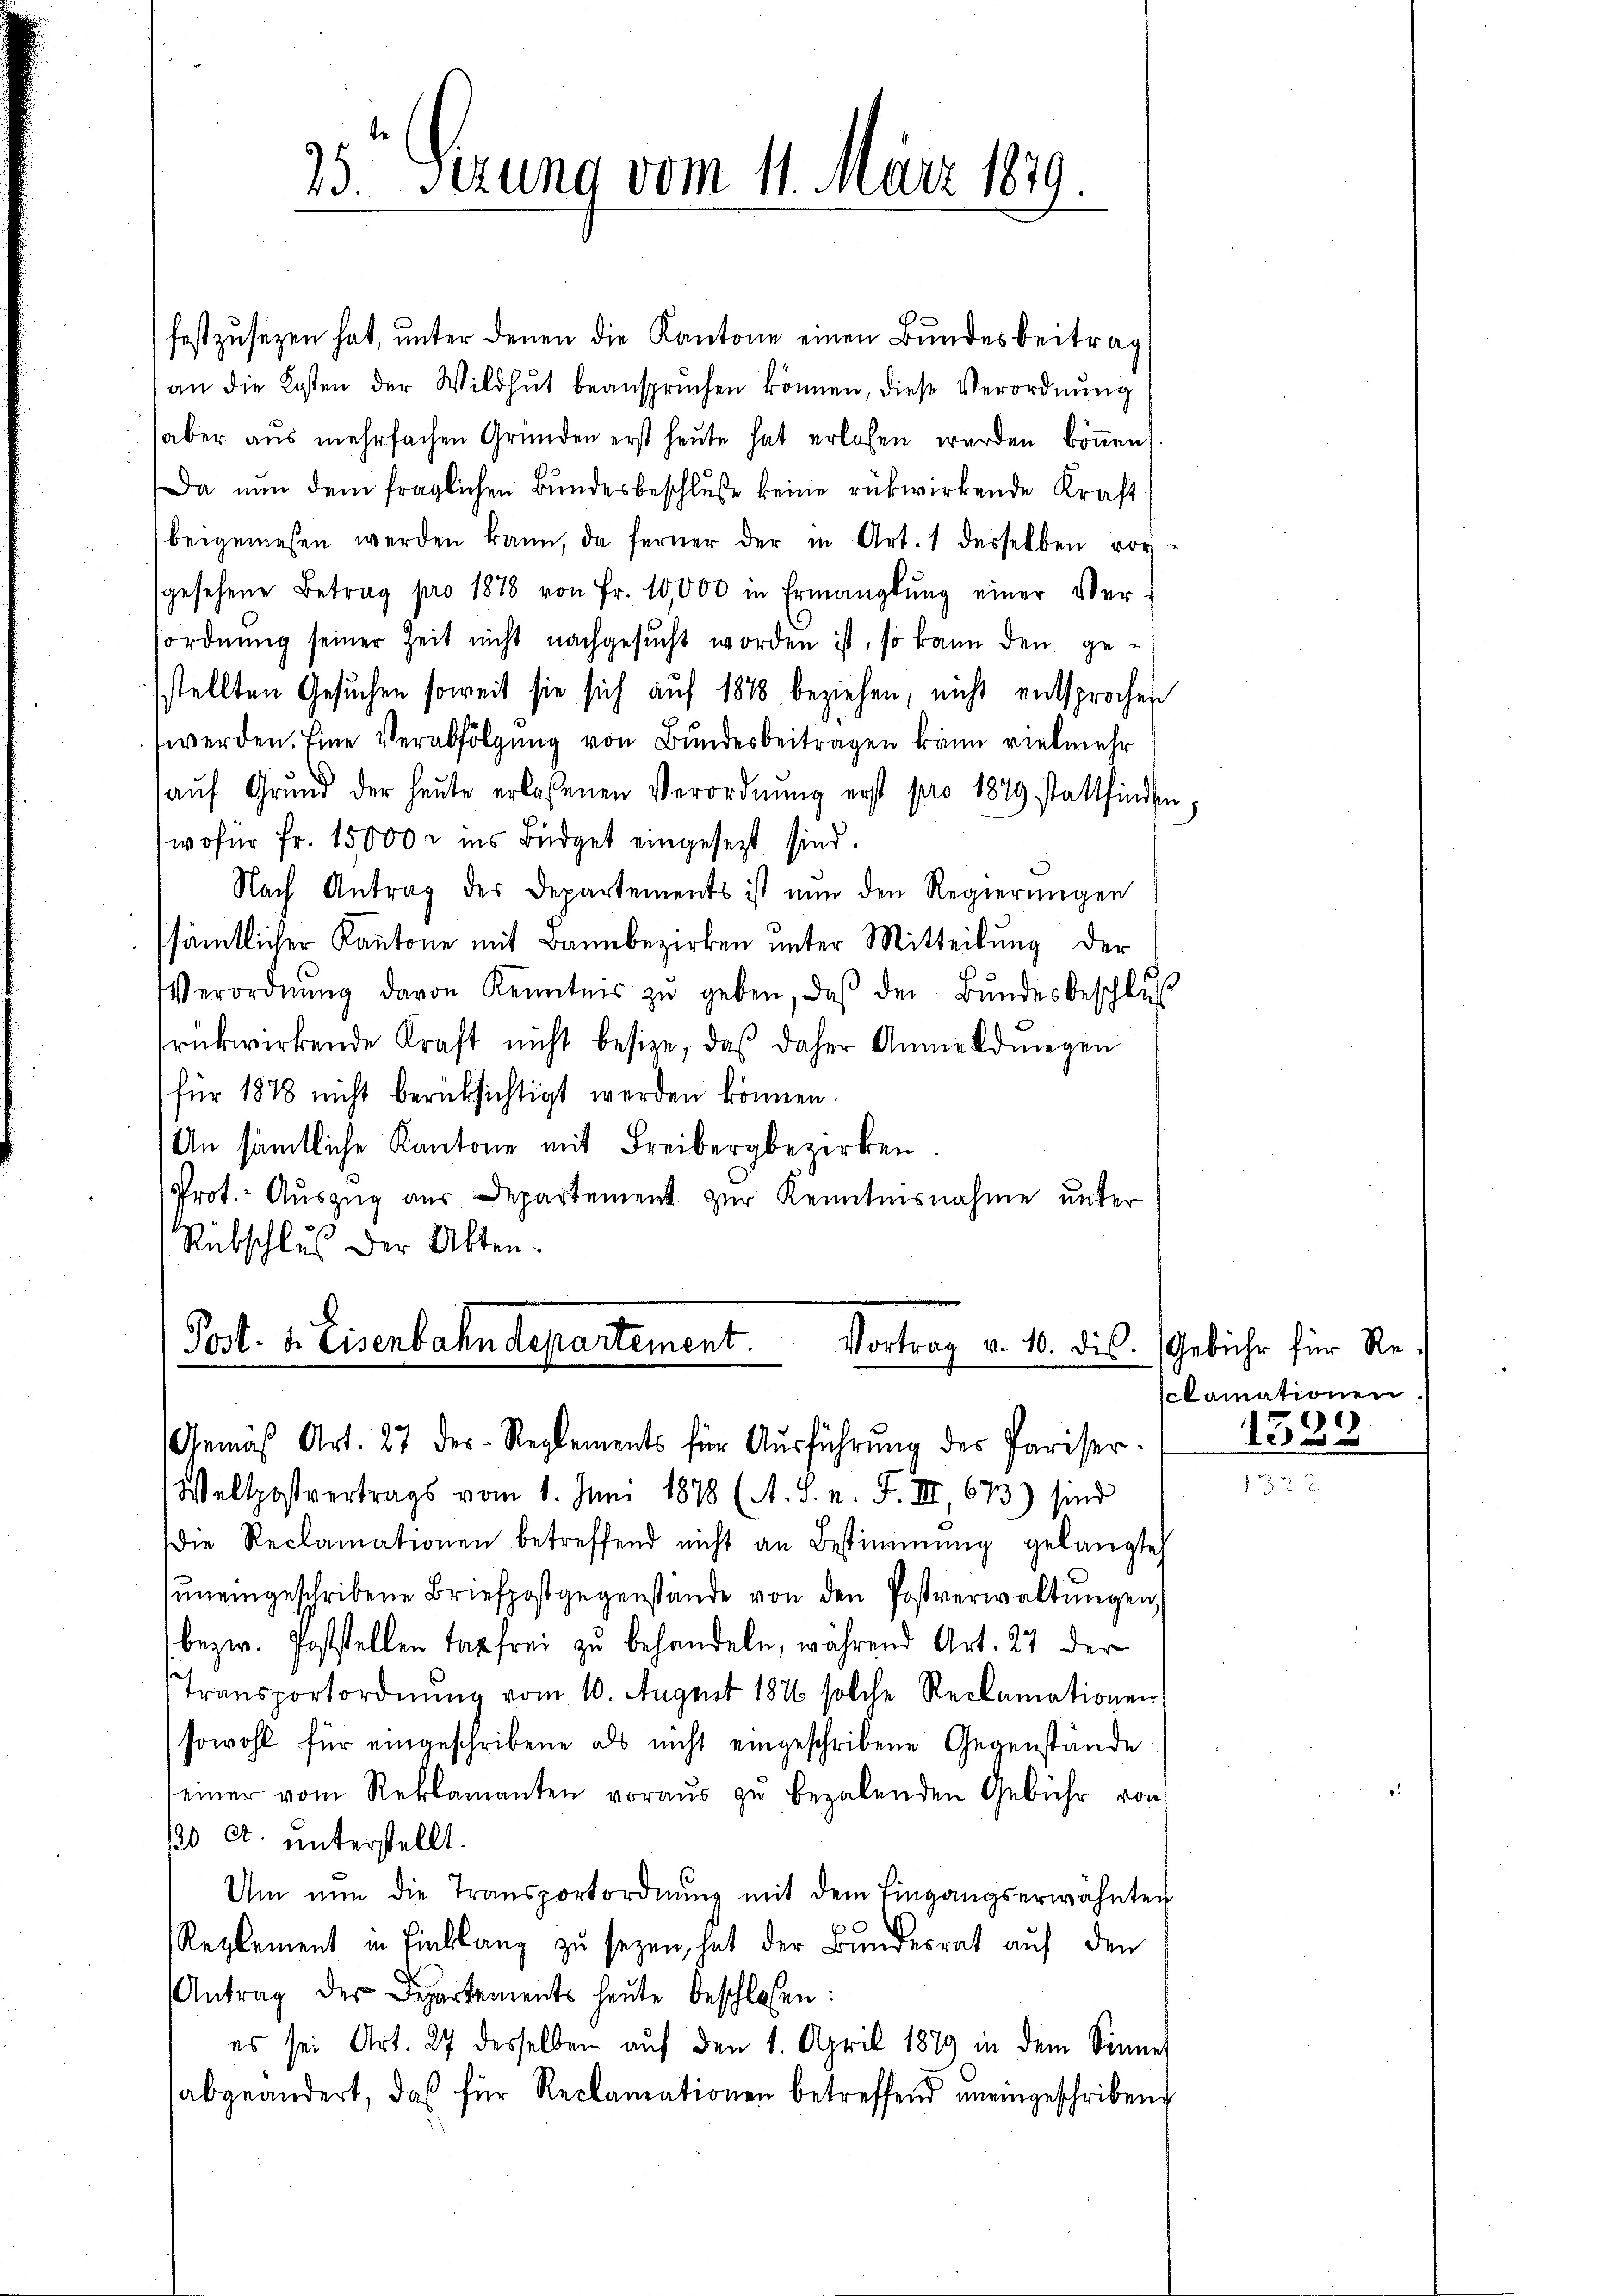
25' sezung vom 11. März 1879.

festzusezen hat, unter denen die Kantone einen Bundesbeitrag
an die Kosten der Wildhŭt beansprüchen können, diese Verordnŭng
aber aus mehrfachen Gründen erst heŭte hat erlosen werden köṅen,
Da nun dem fraglichen Bundesbeschluße keine rükwirkende Kraft
beigewesen werden kann, da ferner der in Art. 1 desselben vor-
gesehene Betrag pro 1878 von Fr. 10,000 in Ermanglung einer Ver-
sordnung seiner Zeit nicht nachgesucht worden ist, so kann den gestellten Gesuchen soweit sie sich auf 1878 beziehen, nicht entsprochen
werden. Eine Verabfolgung von Bundesbeitragen kann vielmehr
aŭf Grŭnd der heŭte erlassenen Verordnŭng erst pro 1879 stattfinden
wofür Fr. 15000 M ins Büdget eingesetzt sind.
Nach Antrag des Departements ist nun den Regierungen
sämtlicher Kantone mit Bannbezirken unter Mitteilung der
Verordnŭng davon Kenntnis zŭ geben, daβ der Bŭndesbeschlŭs
rückwirkende Kraft nicht besize, daß daher Anmeldwegen
für 1878 nicht berücksichtigt werden können.
An sämtliche Kantone mit Freibergbezirken.
Prot. Auszug aus Departement zur Kenntnisnahme unter
Rübschlus der Akten.
Post. v. Eisenbahndepartement.
Vortrag v. 10. ds. Gebühr für Re¬

Gemäß Art. 27 des Reglements für Aŭsführŭng des Pariser-
Weltpostvertrags vom 1. Juni 1878 (A. S. n. F. III 673) sind
Die Reclamationen betreffend nicht an Bestimmung gelangte
ŭneingeschribene Briefpost gegenstände von den Postverwaltŭngen
bezw. Poststellen Tag frei zu behandeln, während Art. 27 der
Transportordnŭng vom 10. August 182 solche Reclamationen
sowohl für eingeschribene als nicht eingeschribene Gegenstände
einer vom Reklamanten voraŭs zŭ bezalenden Gebühr von
10 Ct. unterstellt.
Um nun die Transportordnŭng mit dem Eingangserwähnten
Reglement in Einklang zu sezen, hat der Bundesrat auf den
Antrag der Departements heŭte beschlossen:
es sei Art. 27 desselben auf den 1. April 1879 in dem Sinner
abgeändert, daβ für Reclamationen betreffend uneingeschriben

clamationen.

1538